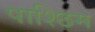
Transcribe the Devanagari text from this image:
पाश्छिम